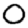
Digit: 0